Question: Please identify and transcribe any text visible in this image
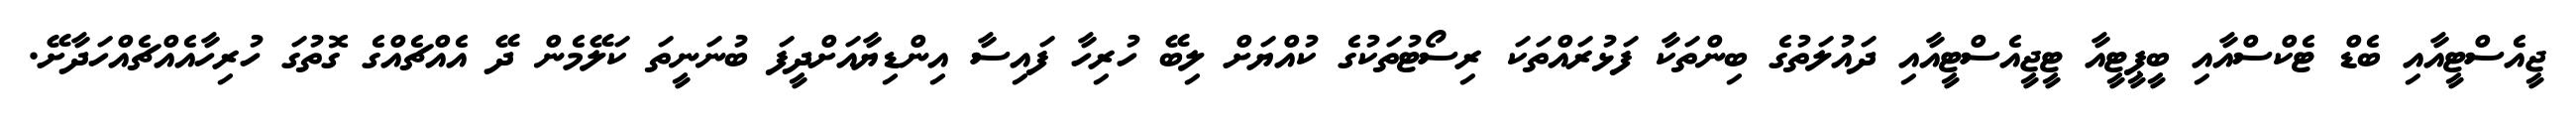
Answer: ޖީއެސްޓީއާއި ބެޑް ޓެކްސްއާއި ބީޕީޓީއާ ޓީޖީއެސްޓީއާއި ދައުލަތުގެ ބިންތަކާ ފަޅުރައްތަކަ ރިސޯޓުތަކުގެ ކުއްޔަށް ލިބޭ ހުރިހާ ފައިސާ އިންޑިޔާއަށްދީފަ ބުނަނީތަ ކަލޭމެން ދޭ އެއްޗެއްގެ ގޮތުގަ ހުރިހާއެއްޗެއްހަދާށޭ.